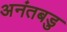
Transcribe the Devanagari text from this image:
अनंतबडु